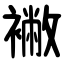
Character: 襒